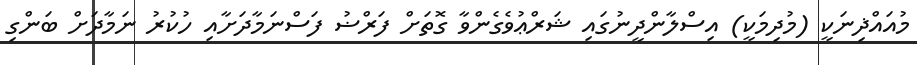
މުއައްޛިނަކީ (މުދިމަކީ) އިސްލާންދީނުގައި ޝަރްޢުވެގެންވާ ގޮތަށް ފަރްޟު ފަސްނަމާދަށާއި ހުކުރު ނަމާދަށް ބަންގި